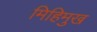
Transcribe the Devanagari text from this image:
मिहिमुख